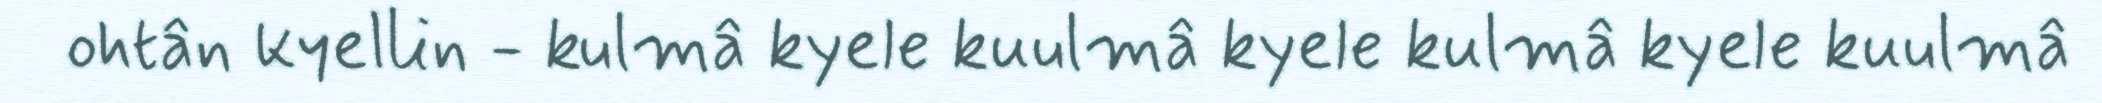
ohtân kyellin - kulmâ kyele kuulmâ kyele kulmâ kyele kuulmâ